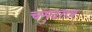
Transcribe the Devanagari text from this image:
चंमुदराज